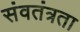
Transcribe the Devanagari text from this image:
संवतंत्रता